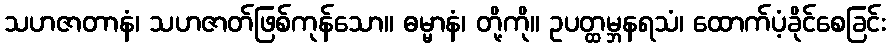
သဟဇာတာနံ၊ သဟဇာတ်ဖြစ်ကုန်သော။ ဓမ္မာနံ၊ တို့ကို။ ဥပတ္ထမ္ဘနရသံ၊ ထောက်ပံ့ခိုင်စေခြင်း